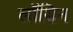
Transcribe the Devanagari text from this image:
लॉसिन